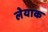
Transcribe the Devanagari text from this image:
लेयाक